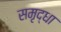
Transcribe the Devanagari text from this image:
समृद्धा